Medical and sanitary report of the native army of Bengal for the year
Year: 1878
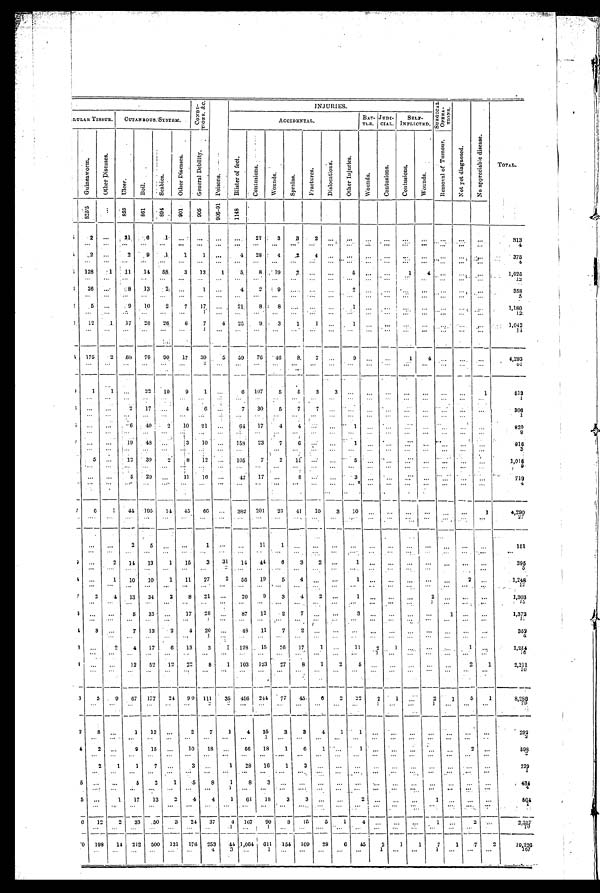
C ON D I - T I ON S . & C .
INJURIES.
S U R G I C A L O P E R A - T I O N S .
Not yet di agnosed.
N o a p p r e c i a b l e d i s e a s e .
TOTAL.
LULAR TISSUE.
BAT-
TLE.
JUDI-
CIAL.
SELF-
INFLICTED.
CUTAN BOUS SYSTEM.
ACCIDENTAL.
G u i n e a w o r m .
O t h e r D i s e a s e s .
U l c e r .
B o i l .
S c a b i e s .
O t h e r D i s e a s e s .
G e n e r a l D e b i l i t y .
Poi sons.
B l i s t e r o f f e e t .
C o n t u s i o n s .
W o u n d s .
S p r a i n s .
F r a c t u r e s .
D i s l o c a t i o n s .
O t h e r I n j u r i e s .
W o u n d s .
C o n t u s i o n s .
C o n t u s i o n s .
W o u n d s .
R e m o v a l o f T u r n o u r .
8 2 5 . 5
. . . 859
8 6 1
8 9 4 9 0 1
905
9 0 6 - 9 1
1 1 4 8
2
...
21
6
1.
. . .
. . .
. . .
. . .
21
3
3
2
. . .
. . .
. . .
. . .
...
. . .
. . .
. . .
. . .
313
. . .
. . .
. . .
. . .
. . . ...
...
...
...
...
...
... ...
. . .
. . . ...
. . .
. . . ...
. . .
...
. . .
4
2
. . .
2
9
1 1 1
...
4 28
4
2
4
. . .
. . . ...
...
. . .
. . .
. . .
... ...
375
...
. . . . . .
. . .
. . .
...
. . . ...
. . . . . .
. . .
. . .
. . .
. . .
. . . ...
. . .
. . . . . .
. . .
...
. . .
4
128
1
11
14
58
3
13
1
5
8
19
2
...
. . .
5 ...
...
1
4
. . .
...
. . .
1,025
. . .
. . .
. . .
. . .
. . . . . .
. . .
. . .
. . . .
. . .
. . .
. . . ...
. . .
. . . ...
...
. . .
. . . . . .
...
. . .
1 2
26
. . .
.8
13
2 ...
1 ...
4
2
9
. . . ...
...
2 ...
...
. . .
. . . . . .
...
. . .
358
. . .
. . .
. . .
. . .
. . . ...
. . .
...
. . .
. . .
. . .
. . .
...
. . .
. . . ...
...
. . .
. . . . . .
...
. . .
5
5
. . . 9
10
2 7
17 ...
21
8
8 .... ...
. . .
1
. . . ...
. . . ...
. . .
. . .
. . .
1,180
. . .
. . .
. . .
. . .
. . . ...
1 ...
. . .
. . .
. . .
. . . ...
. . .
. . . ...
...
. . . . . .
. . .
. . .
. . .
1 2
12
1 17
26
26
6
7
4
25
9
3
1 1
. . .
. . . ...
...
. . .
. . .
. . .
...
. . .
1,042
. . .
. . .
. . .
. . .
. . .
. . .
1 ...
. . .
. . .
. . .
. . . ...
...
...
...
...
...
...
...
...
. . .
14
6
175
2
68
78
90
17
39
5
59
76 46
8.
7 ...
9
. . .
1
4
. . .
. . .
...
. . .
4,293
. . .
. . .
. . .
. . .
. . .
. . .
2 ...
. . .
. . .
. . .
. . .
...
. . .
. . .
. . . ...
. . .
. . .
. . .
...
. . .
0 1
1
1
. . .
22
10
9
1 ...
6 107
5
5
3
3
. . .
. . . ...
. . .
...
...
...
1
519
. . .
. . .
. . .
. . .
. . .
. . .
. . .
. . .
. . .
. . .
. . .
. . .
...
. . .
. . .
. . . ...
. . .
. . .
. . . ...
. . .
1
. . .
. . .
2
17
. . .
4
6
. . .
7
30
5
7
7
. . .
. . .
. . .
. . .
. . .
. . .
. . .
...
306
. . .
. . .
. . .
. . .
. . .
. . .
. . . ...
. . .
. . . . . .
. . .
...
. . .
. . .
. . . ...
. . .
. . .
. . . ...
. . .
1
. . . ...
6
40
2
10
21 ...
64
17
4
4 ...
. . .
1
. . . . . .
...
. . . ...
. . .
. . .
820
. . .
. . .
. . .
. . .
. . .
. . .
. . .
...
. . .
. . .
. . .
. . .
...
. . .
. . .
. . .
...
. . .
. . .
. . . ...
. . .
9
. . .
...
19
48
. . .
3
10
...
158
23
7
6
...
. . .
1
. . .
. . .
. . .
. . .
. . .
. . .
. . .
916
...
. . .
. . .
. . .
. . .
. . .
. . .
...
. . .
. . .
. . .
...
. . . ...
. . .
. . .
. . .
. . .
. . . ...
. . .
3
5 ...
12
39
2
8
12 ...
105
7
2
11
...
. . .
5
. . .
. . .
. . . ...
...
. . . ...
1,016
. . .
. . .
. . .
. . .
. . .
. . .
. . . ...
. . .
. . .
. . .
. . . ...
. . .
. . .
. . .
. . .
. . .
. . .
. . . ...
. . .
9
...
...
5
29
. . .
11
10
...
42
17
. . .
8 ...
. . .
3
. . .
. . .
. . .
. . .
. . . ...
. . .
719
. . .
. . .
. . .
. . .
. . . ...
. . .
...
. . .
...
...
...
...
... ...
...
...
...
. . .
. . .
. . .
. . .
4
7
6
1
44 195
14
45
66 ...
382 201
23
41
10
3
10
. . .
...
...
...
...
...
1
4,290
. . .
. . .
2
5
. . .
. . .
1
...
. . .
11
1
. . .
. . .
. . .
. . .
. . . . . .
. . .
. . .
...
...
...
151
. . .
. . .
. . .
...
...
. . .
. . .
...
. . .
. . .
. . .
. . .
...
. . .
. . .
. . . ...
. . .
. . .
. . .
...
. . .
. . .
. . .
2
14
13
1
15
3
31
14
44
6
3 2
...
1
. . .
. . .
...
...
. . .
395
. . .
. . . .
. . .
. . .
. . .
. . .
. . .
...
. . .
. . .
. . .
. . .
...
...
. . .
. . .
. . .
. . .
. . .
. . .
...
. . .
5
. . .
1
10
10
1
11
27
2
56
19
5 4
...
. . .
1
. . .
. . .
. . .
. . .
. . .
2
. . .
1,248
...
. . .
. . .
. . .
. . .
. . .
...
. . .
. . .
. . . ...
...
. . .
. . .
. . .
. . .
. . .
. . .
. . .
...
. . .
12
7
2
4
13
34
2
8
21
. . .
20
9
3
4 2
...
1
...
. . .
. . .
2
. . .
...
. . .
1,303
. . .
. . .
. . .
. . .
...
...
. . .
...
. . .
. . .
. . .
...
...
...
. . .
. . .
. . .
. . .
1
. . .
...
. . .
1 5
. . .
. . .
5
33
. . .
17
28
...
87
12
2
7 ...
. . .
3 ...
...
...
...
1 ...
. . .
1,372
. . .
. . .
. . .
. . .
. . .
. . .
...
. . .
. . .
. . .
...
...
. . .
. . .
. . .
. . .
. . .
. . .
. . .
...
. . .
1
3
...
7
13
2
4
20
. . .
48
11
7
2
...
. . .
. . .
. . .
. . .
. . .
. . .
. . .
. . .
. . .
352
. . .
. . .
. . .
. . .
. . .
1 ...
. . .
. . .
. . .
...
...
. . .
. . .
. . .
. . .
. . .
. . .
. . . ...
. . .
4
3
...
2
4
17
6
13
3 1
128
15
26
17
1 ...
11
2 1
. . .
. .
. . .
1
. . .
1.25 4
. . .
. . .
. . .
. . .
. . .
. . .
. . .
...
. . . . . .
. . . ...
...
. . .
. . .
1
...
. . .
. . .
. . . , . . .
. . .
1 6
4
. . .
. . .
12
52
12
22
8
1
103 123
27
8
1
2
5
. . . ...
. . .
...
. . .
2
1
2,211
. . .
. . .
. . .
...
...
...
. . .
...
. . .
. . .
. . .
. . .
...
...
...
...
...
...
...
. . .
. . .
. . .
1 0
3
5
9
67
177
24
90 111
35 456 244
77
45
6
2
22
2
1
. . .
2
1
5
1
8,286
. . .
. . .
. . .
. . .
...
...
2 2
. . .
. . .
. . .
. . . . . . ...
...
1
. . .
. . .
1
. . . ...
. . .
7 9
2
8
...
1
13 ...
...
2
7
1
4
35
3
3
4
1
1 ...
...
...
...
...
...
292
. . .
. . .
. . .
. . .
...
. . .
. . .
. . .
. . .
. . . 1
. . .
...
... .. ...
...
. . .
...
...
...
. . .
2
4
2
...
9
15 ...
10
18
...
66
18 1 6
1
...
1
...
1
...
...
...
2
...
598
. . .
...
. . .
...
. . .
. . .
. . .
...
. . .
. . .
. . .
. . .
. . .
. . .
...
...
. . .
. . .
. . .
. . .
. . .
. . .
2
2
1
1
7
...
3
...
1
28
16
1
3
. . .
. . .
...
. . .
. . .
. . .
...
. . .
...
...
229
. . .
...
...
...
. . .
. . .
. . .
...
. . .
. . .
. . .
. . .
... ...
...
...
. . .
. . .
. . .
. . .
. . .
. . .
1
5 . . . ...
5
2
1
5
8
1
8
3 . . .
. . .
...
...
...
...
. . .
. . .
...
...
...
. . .
4 3 4
... ...
...
...
. . .
...
. . .
1
. . .
. . . . . .
. . .
...
...
...
...
. . .
. . .
. . .
. . .
. . . .
. . .
4
5 ...
1
17
13
2
4 4
1
61
18 3
3
. . . ...
2 . . .
. . .
. . .
. . .
. . .
...
. . .
804
...
. . .
...
...
...
...
. . .
...
. . .
. . . . . .
. . . ... ...
...
. . .
. . .
. . .
. . .
. . .
...
. . .
1
6
12
2
33
50
3
24
37
4
167
9 0
8
15
5
1
4 . . .
. . .
. . .
1 . . . ...
. . .
2,357
... ...
...
...
...
...
. . .
1 . . .
1
. . .
... ...
. . .
. . . ...
. . .
. . .
. . . . . . ...
1 0
0 198
14 212 500 131
176
253
44
1,064 611 1 5 4
109
28
6
45 2
1
1
7
1
7
2
19 226
...
...
...
...
...
...
4
3
. . .
1
. . .
...
...
...
...
1
. . . ...
1
...
...
. . .
1 6 7